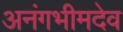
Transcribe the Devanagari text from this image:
अनंगभीमदेव